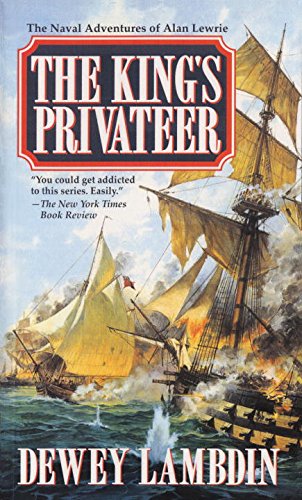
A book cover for The King's Privateer (Alan Lewrie Naval Adventures); Dewey Lambdin; Literature & Fiction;